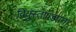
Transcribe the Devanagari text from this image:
वियुस्ताण्डपता